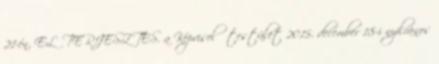
21-én, ELŐTERJESZTÉS. a Képviselő testület 2015. december 18-i nyilvános